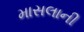
માસલાની